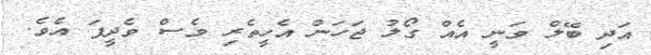
އަދި ބޭލް ވަނީ އެއް ގޯލު ޖަހަން އެހީތެރި ވެސް ވެދީފަ އެވެ.